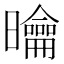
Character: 𭨑